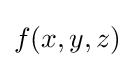
f(x,y,z)